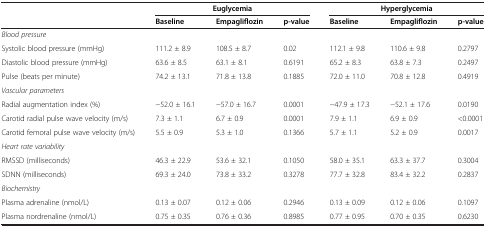
|  | <COLSPAN=3> Euglycemia | <COLSPAN=3> Hyperglycemia |
 |  | Baseline | Empagliflozin | p-value | Baseline | Empagliflozin | p-value |
 | --- | --- | --- | --- | --- | --- | --- |
 | Blood pressure |  |  |  |  |  |  |
 | Systolic blood pressure (mmHg) | 111.2 ± 8.9 | 108.5 ± 8.7 | 0.02 | 112.1 ± 9.8 | 110.6 ± 9.8 | 0.2797 |
 | Diastolic blood pressure (mmHg) | 63.6 ± 8.5 | 63.1 ± 8.1 | 0.6191 | 65.2 ± 8.3 | 63.8 ± 7.3 | 0.2497 |
 | Pulse (beats per minute) | 74.2 ± 13.1 | 71.8 ± 13.8 | 0.1885 | 72.0 ± 11.0 | 70.8 ± 12.8 | 0.4919 |
 | Vascular parameters |  |  |  |  |  |  |
 | Radial augmentation index (%) | -52.0 ± 16.1 | -57.0 ± 16.7 | 0.0001 | -47.9 ± 17.3 | -52.1 ± 17.6 | 0.0190 |
 | Carotid radial pulse wave velocity (m/s) | 7.3 ± 1.1 | 6.7 ± 0.9 | 0.0001 | 7.9 ± 1.1 | 6.9 ± 0.9 | <0.0001 |
 | Carotid femoral pulse wave velocity (m/s) | 5.5 ± 0.9 | 5.3 ± 1.0 | 0.1366 | 5.7 ± 1.1 | 5.2 ± 0.9 | 0.0017 |
 | Heart rate variability |  |  |  |  |  |  |
 | RMSSD (milliseconds) | 46.3 ± 22.9 | 53.6 ± 32.1 | 0.1050 | 58.0 ± 35.1 | 63.3 ± 37.7 | 0.3004 |
 | SDNN (milliseconds) | 69.3 ± 24.0 | 73.8 ± 33.2 | 0.3278 | 77.7 ± 32.8 | 83.4 ± 32.2 | 0.2837 |
 | Biochemistry |  |  |  |  |  |  |
 | Plasma adrenaline (nmol/L) | 0.13 ± 0.07 | 0.12 ± 0.06 | 0.2946 | 0.13 ± 0.09 | 0.12 ± 0.06 | 0.1097 |
 | Plasma nordrenaline (nmol/L) | 0.75 ± 0.35 | 0.76 ± 0.36 | 0.8985 | 0.77 ± 0.95 | 0.70 ± 0.35 | 0.6230 |